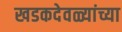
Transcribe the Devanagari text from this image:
खडकदेवळ्यांच्या